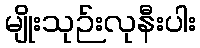
မျိုးသုဉ်းလုနီးပါး